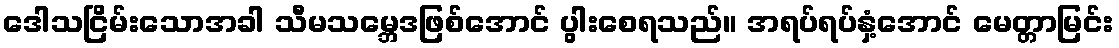
ဒေါသငြိမ်းသောအခါ သီမသမ္ဘေဒဖြစ်အောင် ပွါးစေရသည်။ အရပ်ရပ်နှံ့အောင် မေတ္တာမြင်း